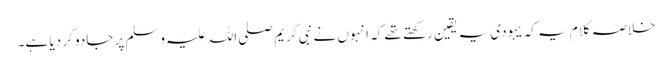
خلاصہ کلام یہ کہ یہودی یہ یقین رکھتے تھے کہ انہوں نے نبی کریم صلی اللہ علیہ وسلم پر جادو کر دیا ہے۔